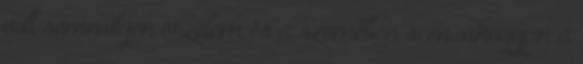
volt semmilyen érzelem és a szemében sem, ahogyan a